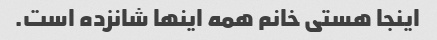
اینجا هستی خانم همه اینها شانزده است.